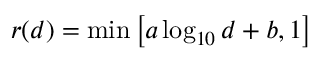
r ( d ) = \operatorname* { m i n } \left[ a \log _ { 1 0 } d + b , 1 \right]